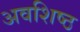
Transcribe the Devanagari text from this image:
अवशिष्ठ